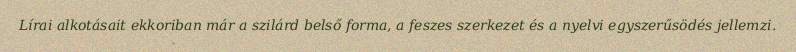
Lírai alkotásait ekkoriban már a szilárd belső forma, a feszes szerkezet és a nyelvi egyszerűsödés jellemzi.